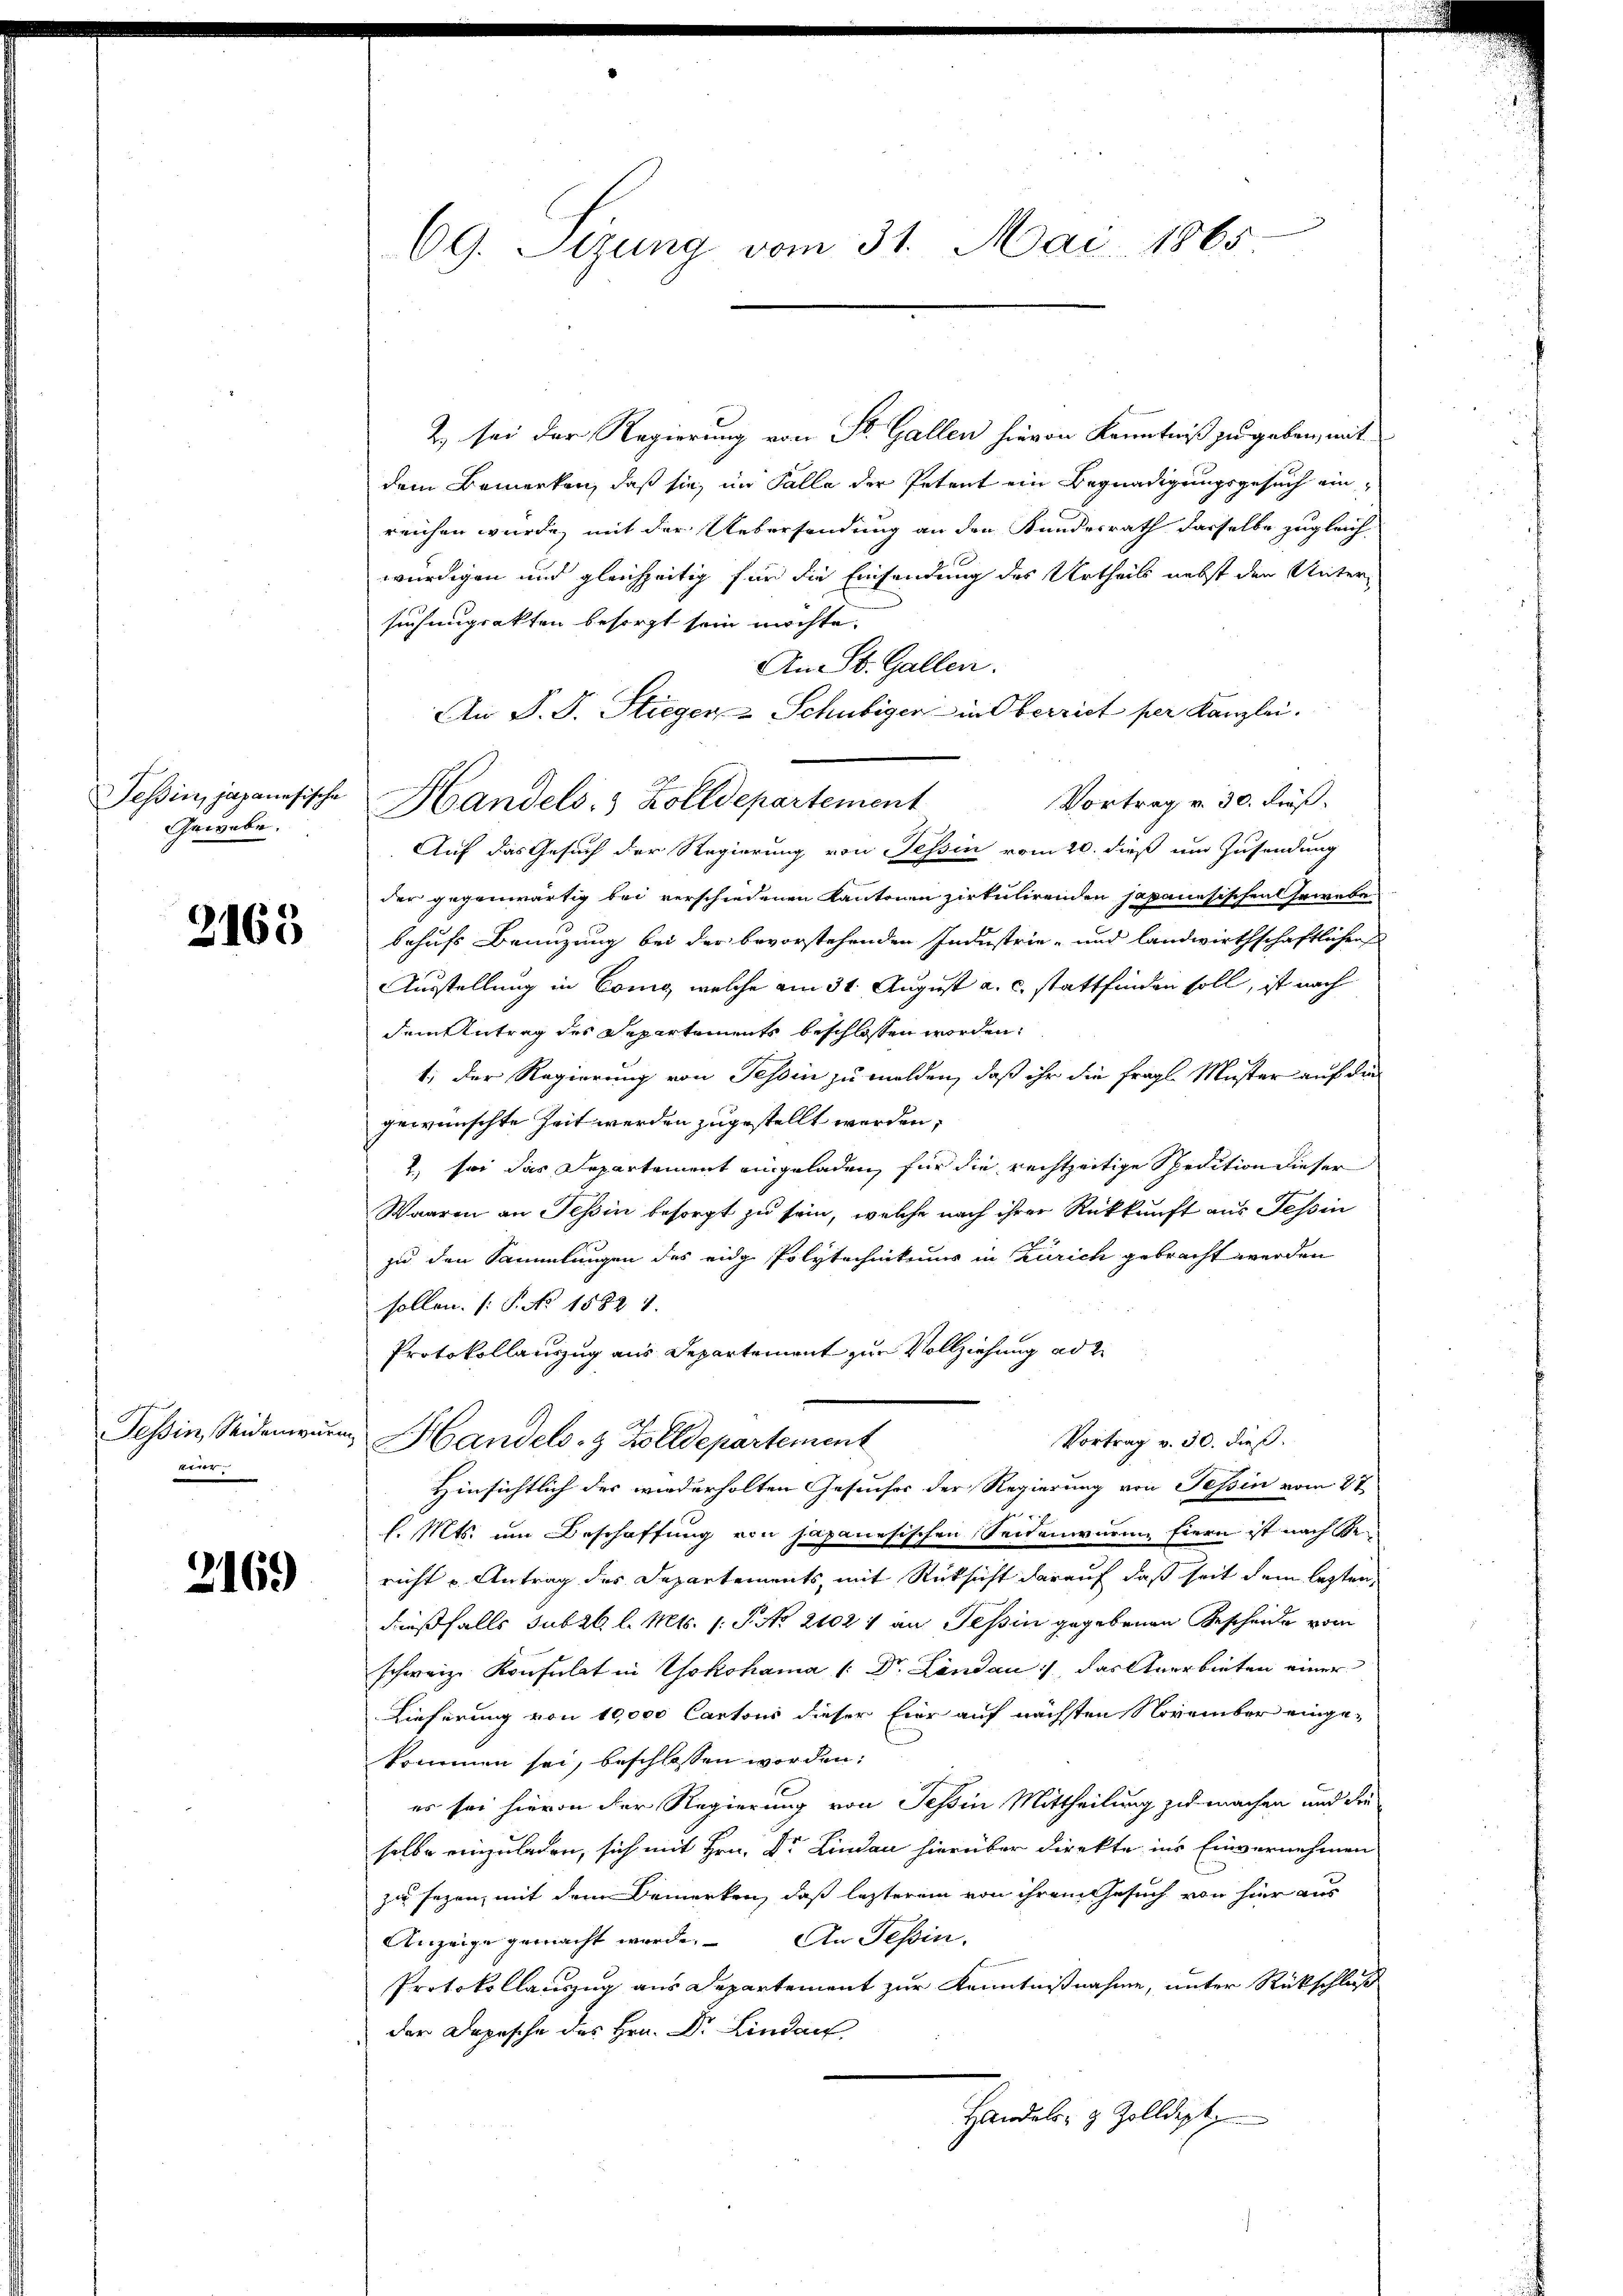
Tessin, japanesische
Gewebe.

2165

Tessin, Seidenwur
kier

2169)

69. Sizung vom 31. Mai 1865.

Z. sei der Regierung von St. Gallen hievon Kenntniß zu geben, mit
dem Bemerken, daß sie im Falle der Petent ein Begnadigungsgesuch einreichen wurde, mit der Uebersendung an den Kundesrath dasselbe zugleich
würdigen und gleichzeitig für die Einsendung des Urtheils nebst den Untersuchungsakten besorgt sein möchte.
An St. Gallen.
An P. F. Stieger - Schubiger in Oberrich per Kanzlei.
Vortrag v. 30. dieß.
Handels- & Zolldepartement
Auf das Gesuch der Regierung von Tessin vom 20. dieß um Zusendung
der gegenwärtig bei verschiedenen Kantonen zirkulirenden japanesischen Gewebe
behufs Benuzung bei der bevorstehenden Industrie- und landwirthschaftlichen
Ausstellung in Como, welche am 31. August a. c. stattfinden soll, ist nach
dem Antrag des Departements beschlossen worden.
t; der Regierung von Tessin zu melden, daß ihr die fragl. Muster auf die
gewünschte Zeit werden zugestellt werden,
2 sei das Departement eingeladen, für die rechtzeitige Spedition dieser
Waaren an Tessin besorgt zu sein, welche nach ihrer Rückkunft aus Tessin
zu den Sammlungen des eidge Polytechnikums in Zürich gebracht werden
sollen. (T. No 15821.
Protokollauszug aus Departement zur Vollziehung ad 2.
Vortrag v. 30. dieß.
Handels- & Zolldepartement
Hinsichtlich der wiederholten Gesuches der Regierung von Tessin vom 27.
l. Mts. um Beschaffung von Japanesischen Seidenwarme fiern ist nach Bericht u. Antrag des Departements, mit Rücksicht darauf daß seit dem lezten,
dießfalls subr l. Mts. 1. P. No. 21021 an Tessin gegebenen Gescheide vom
schweiz. Konsulat in Yokohama (: Dr. Landau, das Anerbieten einer
Lieferung von 10,000 Cantons dieser Eier auf nächsten November eingekommen sei, beschlossen worden:
es sei hievon der Regierung von Tessin Mittheilung zu machen und die
selbe einzuladen, sich mit Hrn. Dr. Lindau hierüber direkte ins Einvernehmen
zu sezen, mit dem Bemerken, daß letzterem von ihrem Gesuch von hier aus
Anzeige gemacht werde. An Tessin,
Protokollauszug aus Departement zur Kenntnißnahme, unter Rückschluß
der Depesche des Hrn. Dr. Lindau
Handels- & Zolldept